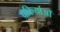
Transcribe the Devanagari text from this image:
प्रकिर्याओं